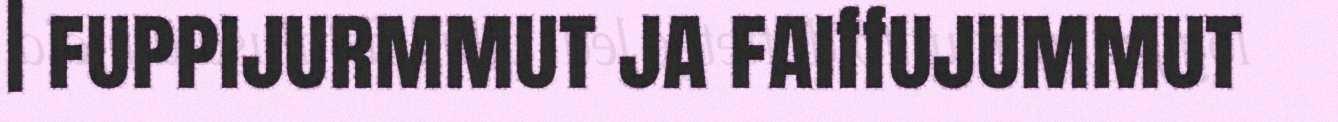
| fuppijurmmut ja faiffujummut